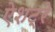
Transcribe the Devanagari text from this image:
ऐशट्रे